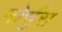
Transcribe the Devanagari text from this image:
नोर्चुस